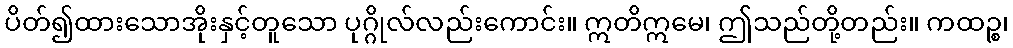
ပိတ်၍ထားသောအိုးနှင့်တူသော ပုဂ္ဂိုလ်လည်းကောင်း။ ဣတိဣမေ၊ ဤသည်တို့တည်း။ ကထဉ္စ၊